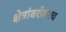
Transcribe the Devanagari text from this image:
क्षेत्रांबरोबरच